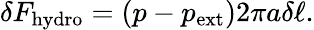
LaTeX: \delta F_{\mathrm{hydro}}=(p-p_{\mathrm{ext}})2\pi a\delta\ell.